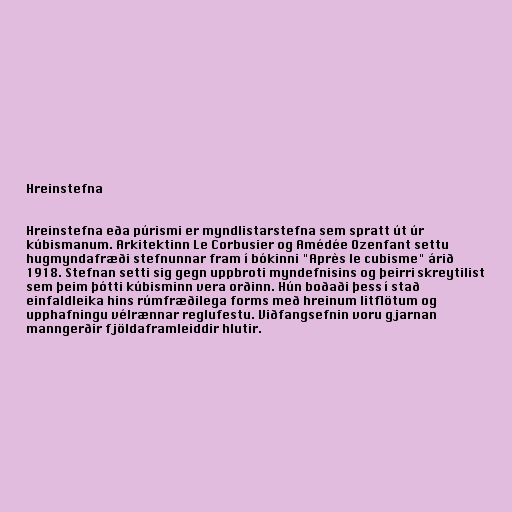
Hreinstefna

Hreinstefna eða púrismi er myndlistarstefna sem spratt út úr
kúbismanum. Arkitektinn Le Corbusier og Amédée Ozenfant settu
hugmyndafræði stefnunnar fram í bókinni "Après le cubisme" árið
1918. Stefnan setti sig gegn uppbroti myndefnisins og þeirri skreytilist
sem þeim þótti kúbisminn vera orðinn. Hún boðaði þess í stað
einfaldleika hins rúmfræðilega forms með hreinum litflötum og
upphafningu vélrænnar reglufestu. Viðfangsefnin voru gjarnan
manngerðir fjöldaframleiddir hlutir.